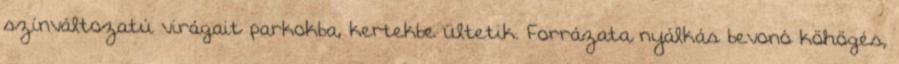
színváltozatú virágait parkokba, kertekbe ültetik. Forrázata nyálkás bevonó köhögés,